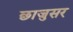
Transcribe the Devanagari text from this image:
छाजुसर